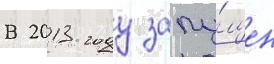
В 2013 году запу́щен